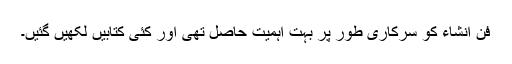
فن انشاء کو سرکاری طور پر بہت اہمیت حاصل تھی اور کئی کتابیں لکھیں گئیں۔